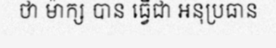
ថា ម៉ាក្ស បាន ធ្វើជា អនុប្រធាន